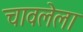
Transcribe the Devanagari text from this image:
चावलेला